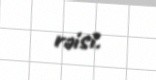
rəisi.